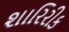
શારિરીક